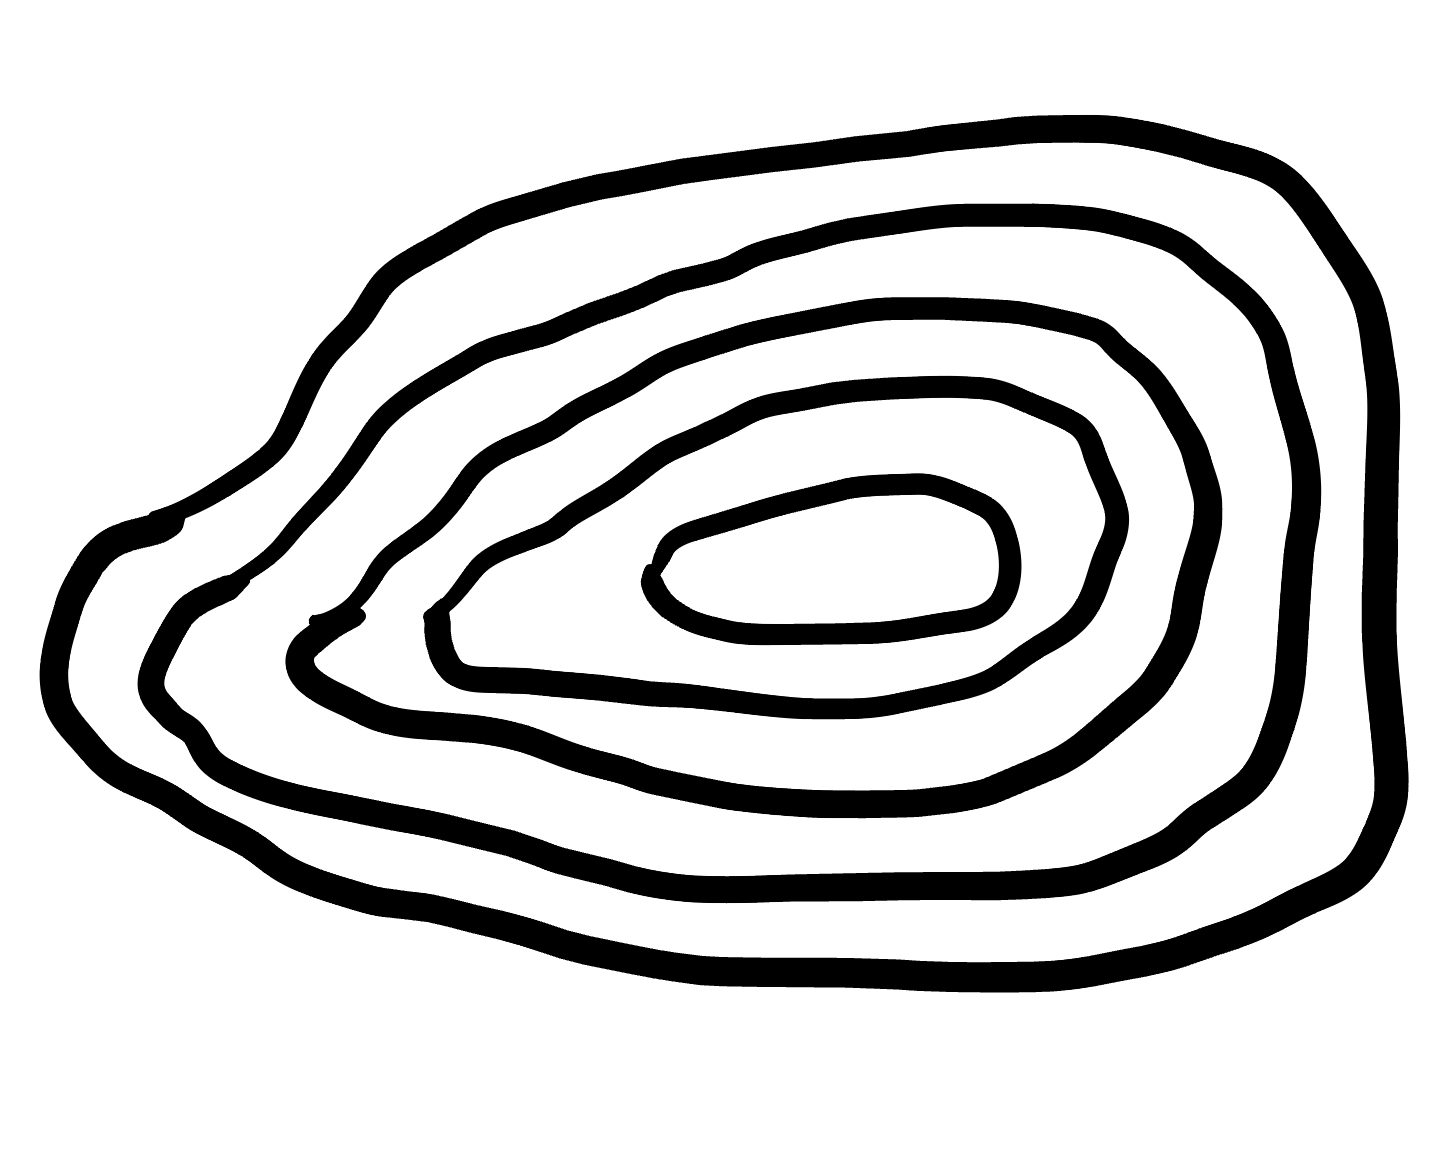
Number of regions (including the outer root region): 6
Containment tree edges (parent, child): 0, 1, 1, 2, 2, 3, 3, 4, 4, 5